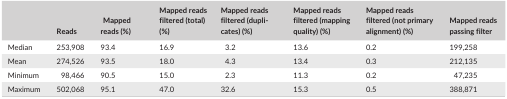
|  | Reads | Mapped reads (%) | Mapped reads filtered (total) (%) | Mapped reads filtered (duplicates) (%) | Mapped reads filtered (mapping quality) (%) | Mapped reads filtered (not primary alignment) (%) | Mapped reads passing filter |
 | --- | --- | --- | --- | --- | --- | --- | --- |
 | Median | 253,908 | 93.4 | 16.9 | 3.2 | 13.6 | 0.2 | 199,258 |
 | Mean | 274,526 | 93.5 | 18.0 | 4.3 | 13.4 | 0.3 | 212,135 |
 | Minimum | 98,466 | 90.5 | 15.0 | 2.3 | 11.3 | 0.2 | 47,235 |
 | Maximum | 502,068 | 95.1 | 47.0 | 32.6 | 15.3 | 0.5 | 388,871 |